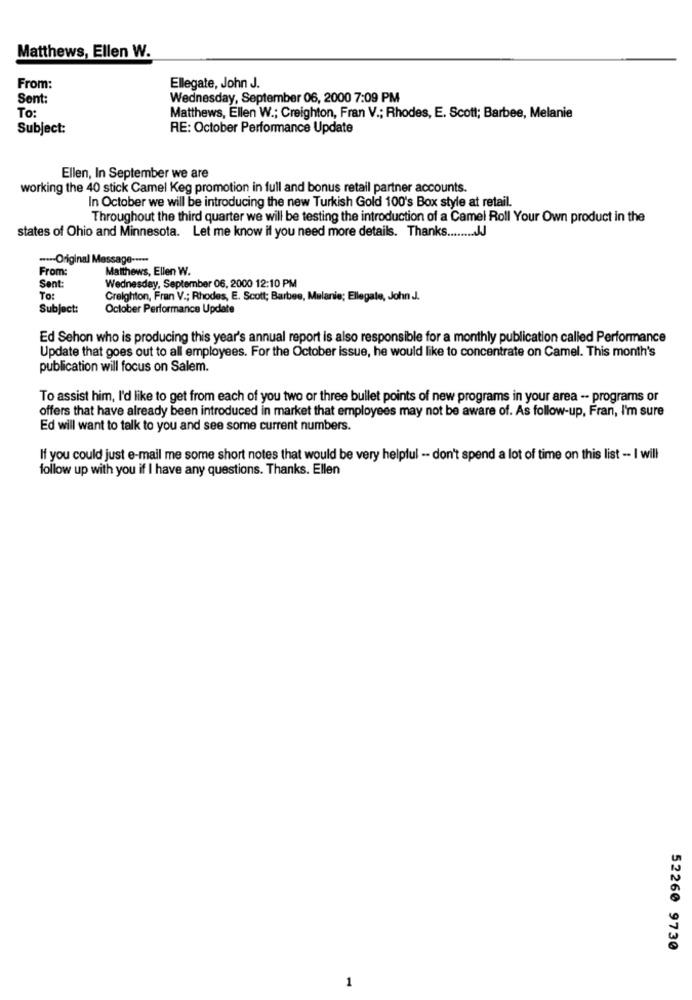
Matthews, Ellen W.
From:
Ellegate, John J.
Sent:
Wednesday, September 06, 2000 7:09 PM
To:
Matthews, Ellen W .; Creighton, Fran V .; Rhodes, E. Scott; Barbee, Melanie
Subject:
RE: October Performance Update
Ellen, In September we are
working the 40 stick Camel Keg promotion in full and bonus retail partner accounts.
In October we will be introducing the new Turkish Gold 100's Box style at retail.
Throughout the third quarter we will be testing the introduction of a Camel Roll Your Own product in the
states of Ohio and Minnesota. Let me know if you need more details. Thanks ............
---- Original Message -****
From
Matthews, Ellen W.
Sent:
Wednesday, September 06, 2000 12:10 PM
To:
Creighton, Fran V .; Rhodes, E. Scott; Barbee, Melanie; Ellegate, John J.
Subject:
October Performance Update
Ed Sehon who is producing this year's annual report is also responsible for a monthly publication called Performance
Update that goes out to all employees. For the October issue, he would like to concentrate on Camel. This month's
publication will focus on Salem.
To assist him, I'd like to get from each of you two or three bullet points of new programs in your area -- programs or
offers that have already been introduced in market that employees may not be aware of. As follow-up, Fran, I'm sure
Ed will want to talk to you and see some current numbers.
If you could just e-mail me some short notes that would be very helpful -- don't spend a lot of time on this list -- I will
follow up with you if I have any questions. Thanks. Ellen
52260 9730
1